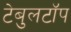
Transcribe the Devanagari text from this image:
टेबुलटॉप